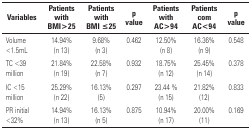
| Variables | Patients with BMI>25 | Patients with BMI ≤25 | p value | Patients with AC>94 | Patients com AC<94 | p value |
 | --- | --- | --- | --- | --- | --- | --- |
 | Volume <1.5mL | 14.94% (n 13) | 9.68% (n 3) | 0.462 | 12.50% (n 8) | 16.36% (n 9) | 0.548 |
 | TC <39 million | 21.84% (n 19) | 22.58% (n 7) | 0.932 | 18.75% (n 12) | 25.45% (n 14) | 0.378 |
 | IC <15 million | 25.29% (n 22) | 16.13% (5) | 0.297 | 23.44 % (n 15) | 21.82% (12) | 0.833 |
 | PR initial <32% | 14.94% (n 13) | 16.13% (n 5) | 0.875 | 10.94% (n 17) | 20.00% (11) | 0.169 |